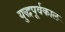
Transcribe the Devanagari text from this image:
युद्धपूर्वकाल